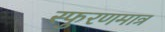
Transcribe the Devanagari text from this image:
स्फुरणमात्र